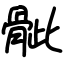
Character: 骴